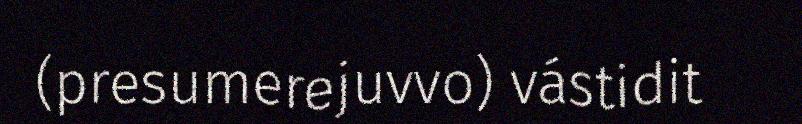
(presumerejuvvo) vástidit